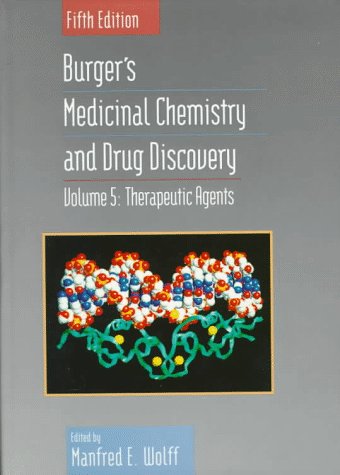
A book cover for Therapeutic Agents, Volume 5, Burger's Medicinal Chemistry and Drug Discovery, 5th Edition; Medical Books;